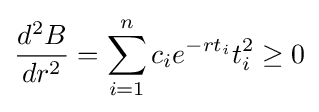
{\frac {d^{2}B}{dr^{2}}}=\sum _{i=1}^{n}c_{i}e^{-rt_{i}}t_{i}^{2}\geq 0